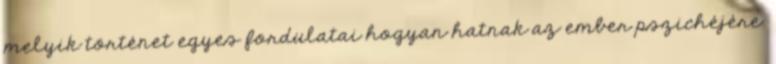
melyik történet egyes fordulatai hogyan hatnak az ember pszichéjére.